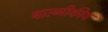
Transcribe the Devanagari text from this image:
बाल्मीकीय